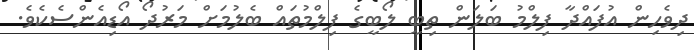
ދިވެހިން އުފައްދާ ފިލްމު ބަލަން ތިބީ ލޯބީގެ ފިލްމުތައް ބެލުމަށް މަރުދޯ އޯޑިއެންސެކެވެ.